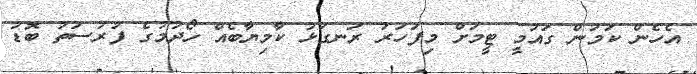
އެހެން ކަމުން ގައުމީ ޓީމަށް މިފަހަރު ރަނގަޅު ކާމިޔާބެއް ހޯދުމުގެ ފުރުސަތު ބޮޑު